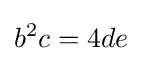
b^{2}c=4de